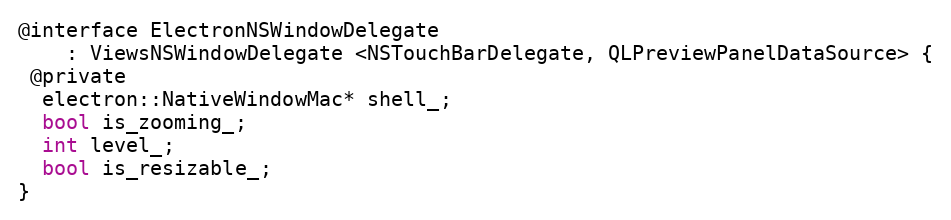
Language: C
@interface ElectronNSWindowDelegate
    : ViewsNSWindowDelegate <NSTouchBarDelegate, QLPreviewPanelDataSource> {
 @private
  electron::NativeWindowMac* shell_;
  bool is_zooming_;
  int level_;
  bool is_resizable_;
}